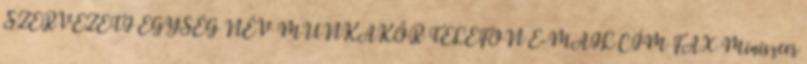
SZERVEZETI EGYSÉG NÉV MUNKAKÖR TELEFON E-MAIL CÍM FAX Miniszter